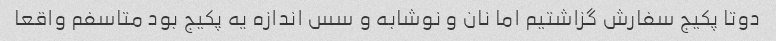
دوتا پکیج سفارش گزاشتیم اما نان و نوشابه و سس اندازه یه پکیج بود متاسفم واقعا